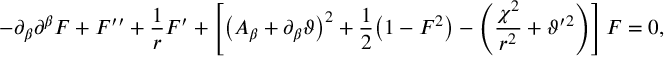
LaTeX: - \partial _ { \beta } \partial ^ { \beta } F + F ^ { \prime \prime } + \frac { 1 } { r } F ^ { \prime } + \left[ \big ( A _ { \beta } + \partial _ { \beta } \vartheta \big ) ^ { 2 } + \frac 1 2 \big ( 1 - F ^ { 2 } \big ) - \left( \frac { \chi ^ { 2 } } { r ^ { 2 } } + \vartheta ^ { \prime } { } ^ { 2 } \right) \right] F = 0 ,